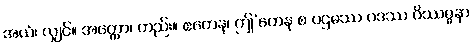
အယံ၊ လျှင်။ အတ္ထော၊ တည်း။ ဧတေန၊ ဤ’တေန စ ပဌမဿ ပဒဿ ဝိဿဇ္ဇနာ